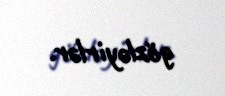
gözləyirlər.